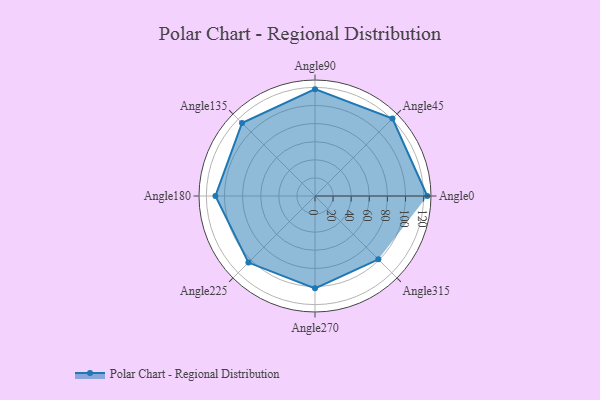
{"axis": {"x": "Angle", "y": "Radius"}, "legend": [""], "data": [{"x": "Angle0", "y": 124.0, "type": ""}, {"x": "Angle45", "y": 121.0, "type": ""}, {"x": "Angle90", "y": 118.0, "type": ""}, {"x": "Angle135", "y": 114.0, "type": ""}, {"x": "Angle180", "y": 110.0, "type": ""}, {"x": "Angle225", "y": 104.0, "type": ""}, {"x": "Angle270", "y": 102.0, "type": ""}, {"x": "Angle315", "y": 99.0, "type": ""}]}